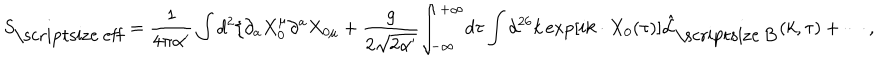
{ S _ { \mathrm { \scriptsize ~ e f f } } } = { \frac { 1 } { 4 \pi \alpha ^ { \prime } } } \int { d ^ { 2 } } \xi { \partial _ { a } } { X _ { 0 } ^ { \mu } } { \partial ^ { a } } { X _ { 0 \mu } } + { \frac { g } { 2 \sqrt { 2 \alpha ^ { \prime } } } } { \int _ { - \infty } ^ { + \infty } } d \tau \int { d ^ { 2 6 } } k \exp \left[ i k \cdot { X _ { 0 } } ( \tau ) \right] { \hat { \mathcal { L } } _ { \mathrm { \scriptsize ~ B } } } ( k , \tau ) + \cdots ,